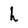
Character: h